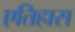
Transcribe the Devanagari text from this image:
एतिहास